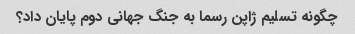
چگونه تسلیم ژاپن رسما به جنگ جهانی دوم پایان داد؟